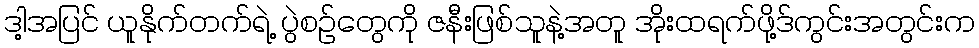
ဒါ့အပြင် ယူနိုက်တက်ရဲ့ ပွဲစဉ်တွေကို ဇနီးဖြစ်သူနဲ့အတူ အိုးထရက်ဖို့ဒ်ကွင်းအတွင်းက